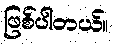
ဖြစ်ပါတယ်။